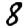
Digit: 8